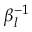
\beta _ { l } ^ { - 1 }